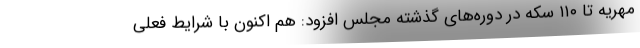
مهریه تا ۱۱۰ سکه در دوره‌های گذشته مجلس افزود: هم اکنون با شرایط فعلی